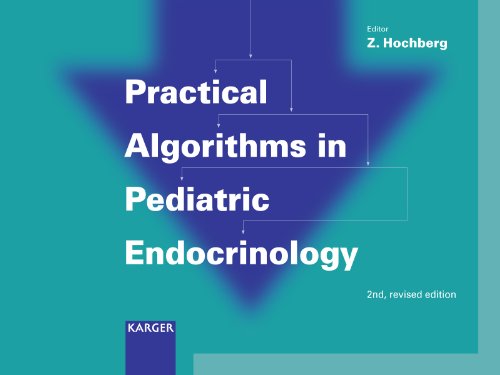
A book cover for Practical Algorithms in Pediatric Endocrinology: (Practical Algorithms in Pediatrics. Series Editor: Z. Hochberg); Self-Help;